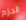
الجزم